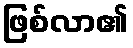
ဖြစ်လာ၏